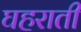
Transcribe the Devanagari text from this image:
घहराती